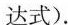
达式).